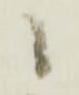
候